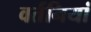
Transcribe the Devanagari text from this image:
वर्तनियां